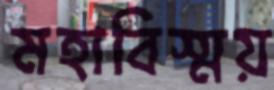
মহাবিস্ময়